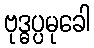
ဗုဒ္ဓပ္ပမုခေါ